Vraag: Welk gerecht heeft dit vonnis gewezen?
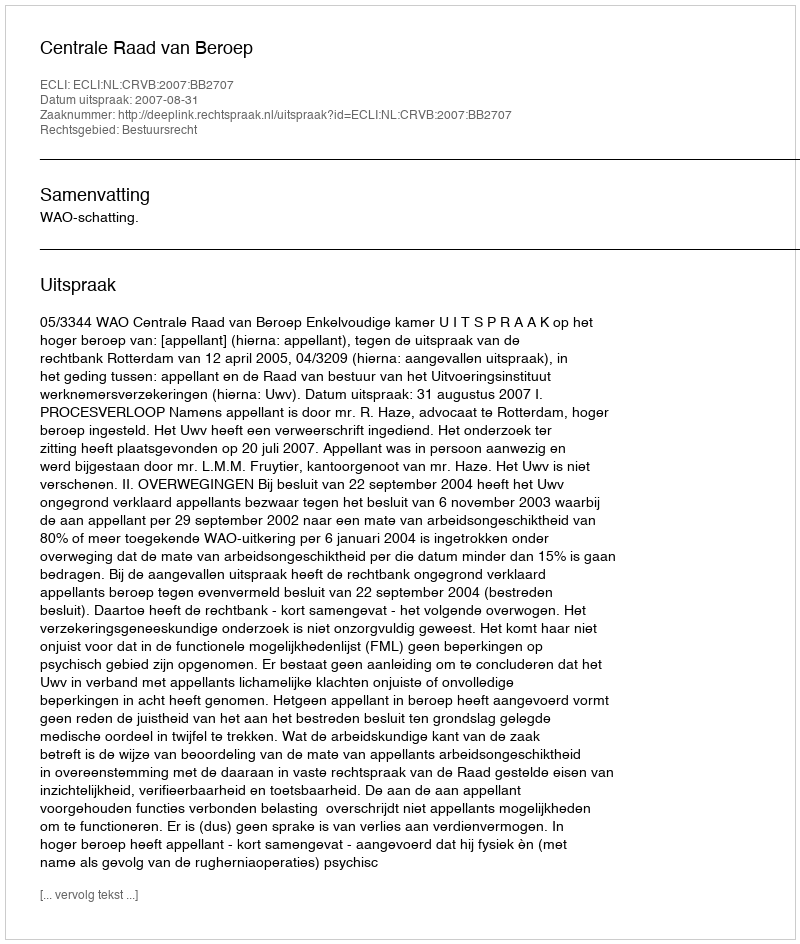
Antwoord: Centrale Raad van Beroep